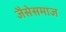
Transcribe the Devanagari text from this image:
जैसेसमाज